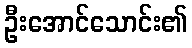
ဦးအောင်သောင်း၏